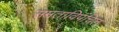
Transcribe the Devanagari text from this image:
समताविपंचित